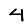
Digit: 4